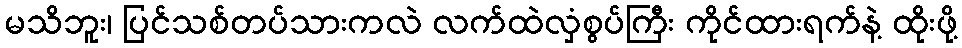
မသိဘူး၊ ပြင်သစ်တပ်သားကလဲ လက်ထဲလှံစွပ်ကြီး ကိုင်ထားရက်နဲ့ ထိုးဖို့